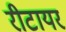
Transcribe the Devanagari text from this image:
रीटायर